Vabadussoja_Ajaloo_Komitee, lk 79
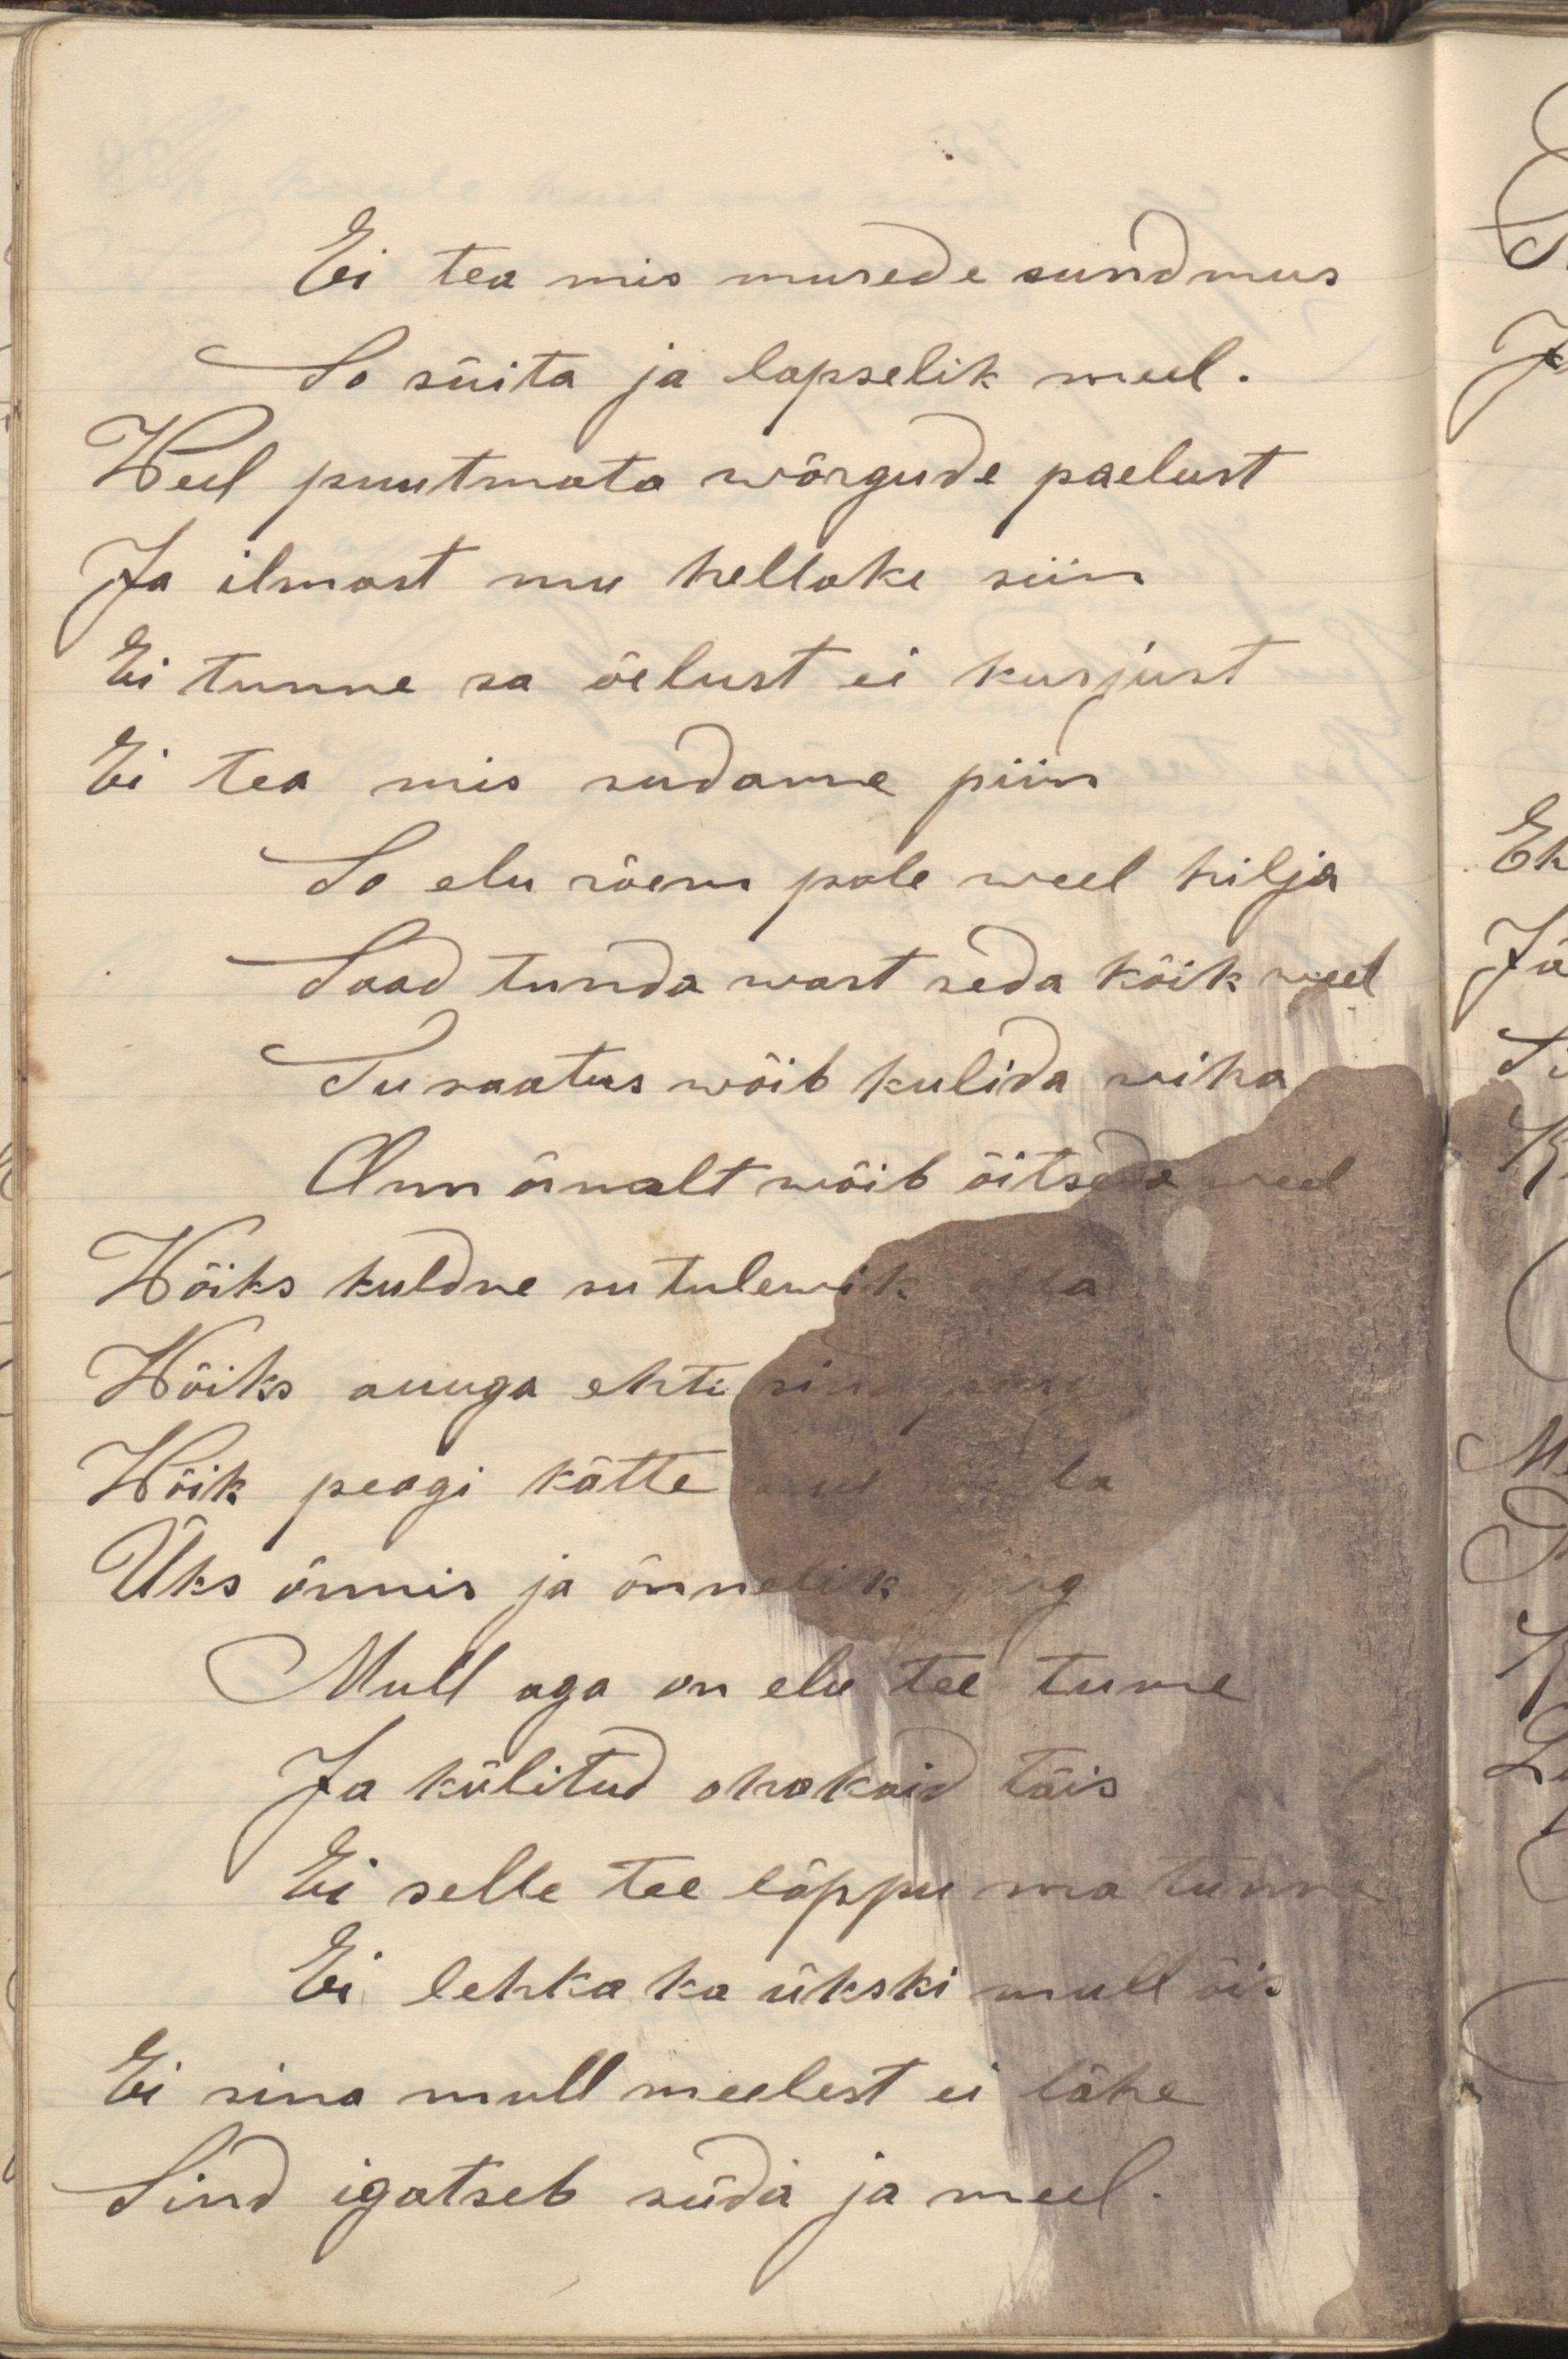
Ei tea mis murede sundmus
So süita ja lapselik meel
Weel puutmata wõrgude paelust
Ja ilmast mu hellake siin
Ei tunne sa õelust ei kurjust
Ei tea mis sudame piin
So elu näen pole weel hilja
Saad tunda wast seda kõik weel
Su saatus wõib kulida wiha
Arm õrnalt wõib õitseda seal
Wõiks kuldne su tulewik olla
Wõiks suuga ehti
Wõik peagi kätte
Üks õnnis ja õnnelik järg
Mull aga on elu tee tume
Ja külitud ohakaid täis
Ei sulle tee lõppu mo tummus
Ei lehka ka ükski mull õis
Ei sina mull meelest ei lähe
Sind igatseb süda ja meel